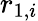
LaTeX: r_{1,i}